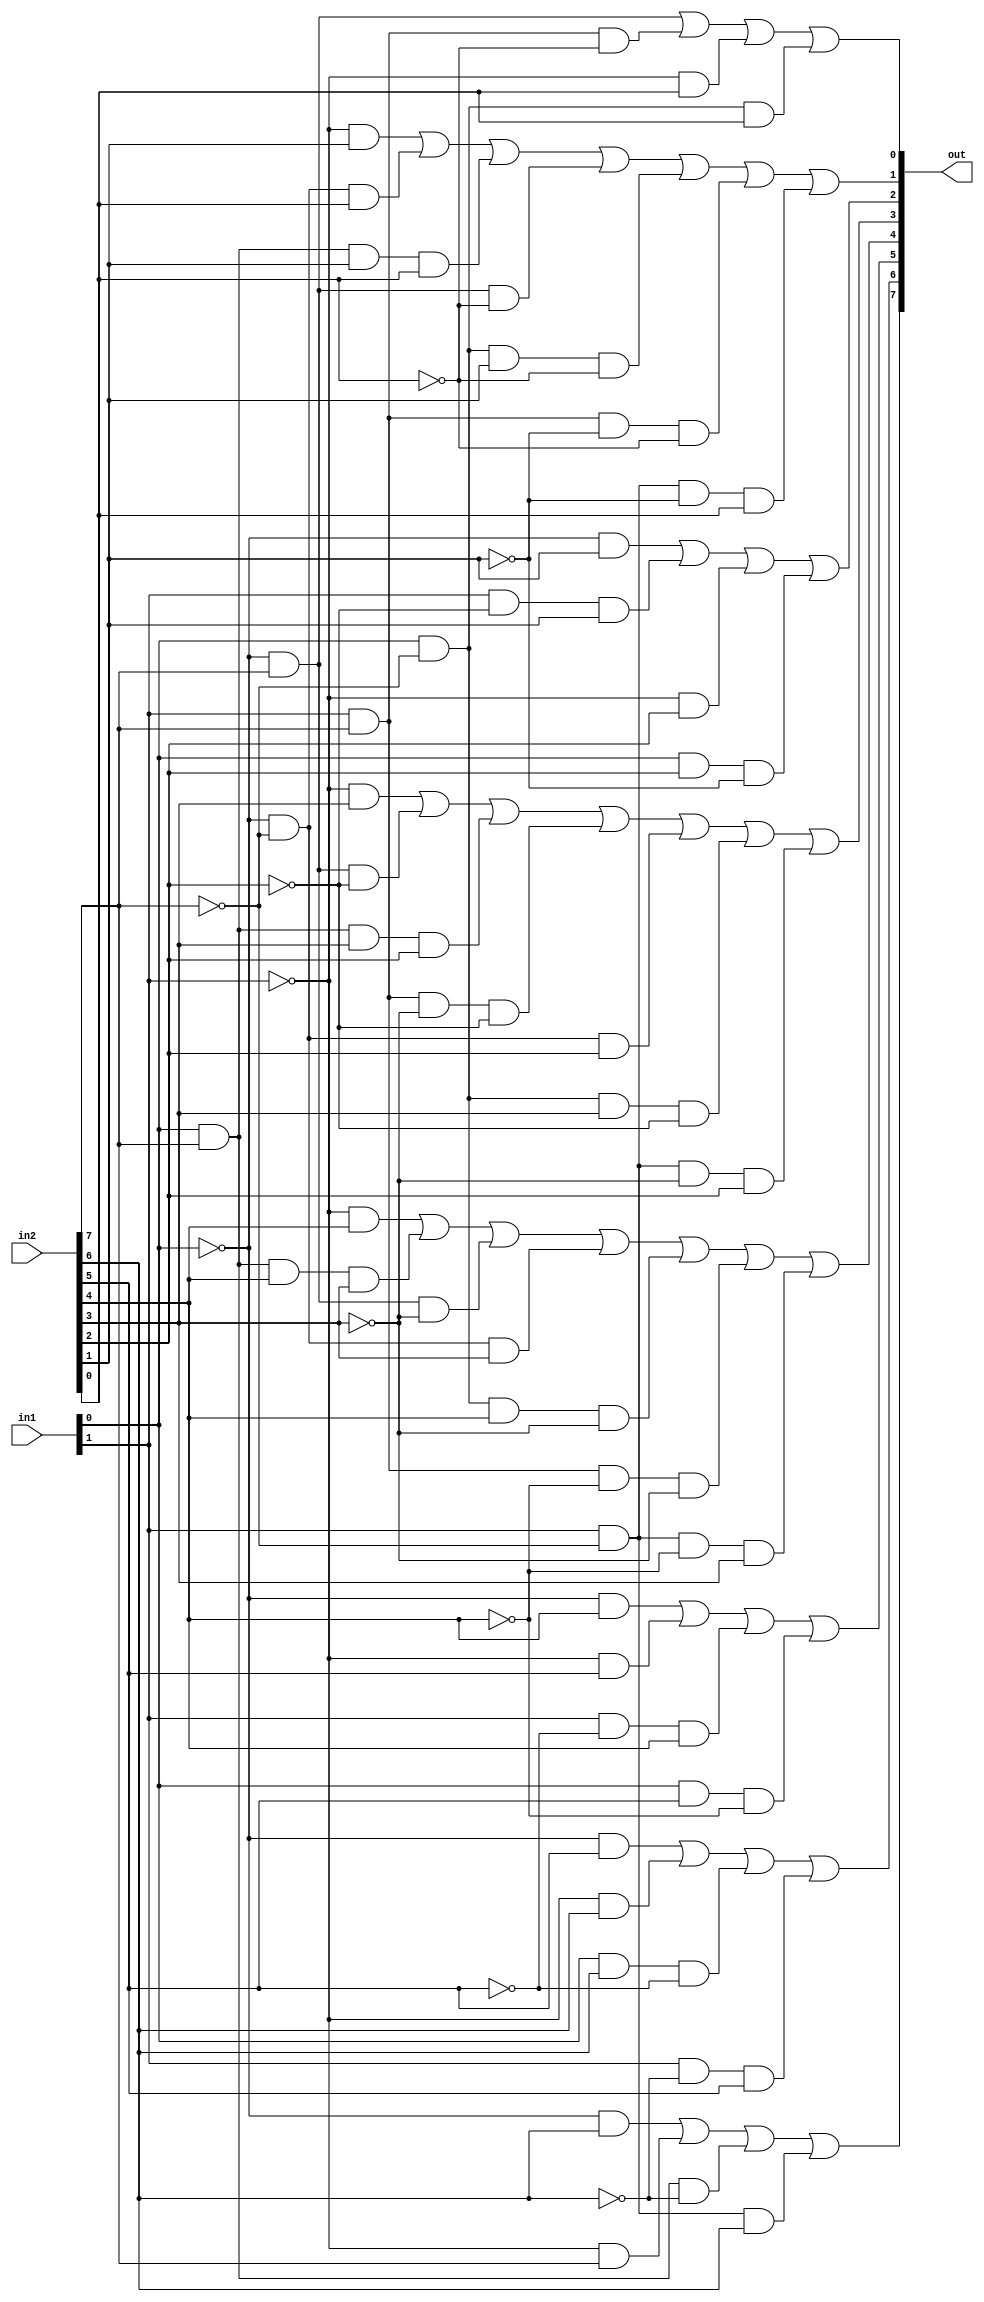
`timescale 1ns / 1ps

module GF_Multiplier(
    input [7:0] in1,
    input [7:0] in2,
    output [7:0] out
    );
    assign out[7] = ((~in1[0])&in2[6])
                    |((~in1[1])&in2[7])
                    |(in1[0]&in2[7]&(~in2[6]))
                    |(in1[1]&(~in2[7])&in2[6]);
    assign out[6] = ((~in1[0])&in2[5])
                    |((~in1[1])&in2[6])
                    |(in1[0]&in2[6]&(~in2[5]))
                    |(in1[1]&(~in2[6])&in2[5]);
    assign out[5] = ((~in1[0])&in2[4])
                    |((~in1[1])&in2[5])
                    |(in1[1]&(~in2[5])&in2[4])
                    |(in1[0]&in2[5]&(~in2[4]));
    assign out[4] = ((~in1[1])&in2[4])
                    |(in1[0]&in2[7]&in2[4]&in2[3])
                    |((~in1[0])&in2[7]&(~in2[3]))
                    |((~in1[0])&(~in2[7])&in2[3])
                    |(in1[0]&(~in2[7])&in2[4]&(~in2[3]))
                    |(in1[1]&in2[7]&(~in2[4])&(~in2[3]))
                    |(in1[1]&(~in2[7])&(~in2[4])&in2[3]);
    assign out[3] = ((~in1[1])&in2[3])
                    |((~in1[0])&in2[7]&(~in2[2]))
                    |(in1[0]&in2[7]&in2[3]&in2[2])
                    |(in1[1]&in2[7]&(~in2[3])&(~in2[2]))
                    |((~in1[0])&(~in2[7])&in2[2])
                    |(in1[0]&(~in2[7])&in2[3]&(~in2[2]))
                    |(in1[1]&(~in2[7])&(~in2[3])&in2[2]);
    assign out[2] = ((~in1[0])&in2[1])
                    |(in1[1]&(~in2[2])&in2[1])
                    |((~in1[1])&in2[2])
                    |(in1[0]&in2[2]&(~in2[1]));
    assign out[1] = ((~in1[1])&in2[1])
                    |((~in1[0])&(~in2[7])&in2[0])
                    |(in1[0]&in2[7]&in2[1]&in2[0])
                    |((~in1[0])&in2[7]&(~in2[0]))
                    |(in1[0]&(~in2[7])&in2[1]&(~in2[0]))
                    |(in1[1]&in2[7]&(~in2[1])&(~in2[0]))
                    |(in1[1]&(~in2[7])&(~in2[1])&in2[0]);
    assign out[0] = ((~in1[0])&in2[7])
                    |(in1[1]&in2[7]&(~in2[0]))
                    |((~in1[1])&in2[0])
                    |(in1[0]&(~in2[7])&in2[0]);

endmodule